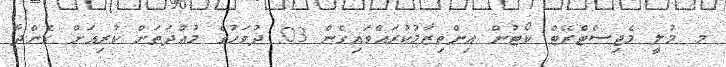
މ. މުލީ މެޖިސްޓްރޭޓް ކޯޓުން އިންތިޒާމުކުރައްވައިގެން 03 ދުވަހުގެ މުއްދަތަށް ކުރިއަށް ގެންދާ